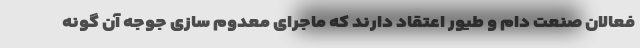
فعالان صنعت دام و طیور اعتقاد دارند که ماجرای معدوم سازی جوجه آن گونه